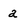
Character: a